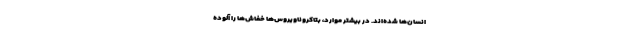
انسان‌ها شده‌اند. در بیشتر موارد، بتاکروناویروس‌ها خفاش‌ها را آلوده